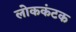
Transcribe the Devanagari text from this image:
लोककंटक